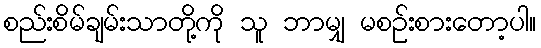
စည်းစိမ်ချမ်းသာတို့ကို သူ ဘာမျှ မစဉ်းစားတော့ပါ။